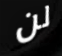
لن